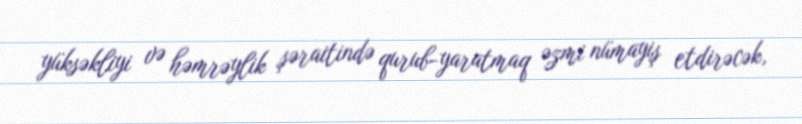
yüksəkliyi və həmrəylik şəraitində qurub-yaratmaq əzmi nümayiş etdirəcək,